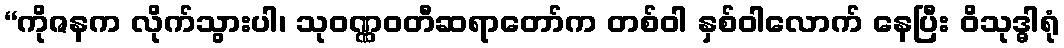
“ကိုဇနက လိုက်သွားပါ၊ သုဝဏ္ဏဝတီဆရာတော်က တစ်ဝါ နှစ်ဝါလောက် နေပြီး ဝိသုဒ္ဓါရုံ